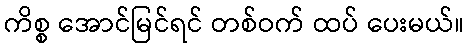
ကိစ္စ အောင်မြင်ရင် တစ်ဝက် ထပ် ပေးမယ်။